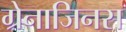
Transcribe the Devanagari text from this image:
ग्रेनाजिनस